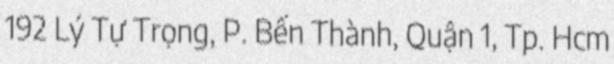
192 Lý Tự Trọng, P. Bến Thành, Quận 1, Tp. Hcm